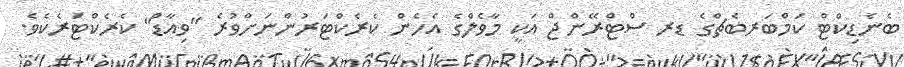
ބެނެޑިކްޓް ކަމްބަރބެޗްގެ ޑރ ސްޓްރޭންޖް އަކީ މާވެލްގެ އެހެން ކެރެކްޓަރުންނަށްވުރެ "ވިއާޑް" ކެރެކްޓަރެކެވެ.